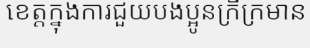
ខេត្តក្នុងការជួយបងប្អូនក្រីក្រមាន